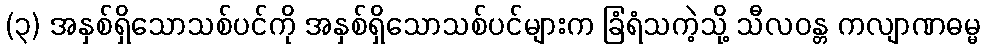
(၃) အနှစ်ရှိသောသစ်ပင်ကို အနှစ်ရှိသောသစ်ပင်များက ခြံရံသကဲ့သို့ သီလဝန္တ ကလျာဏဓမ္မ